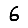
Digit: 6